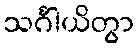
သင်္ဂါယိတွာ